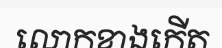
លោកខាងកើត